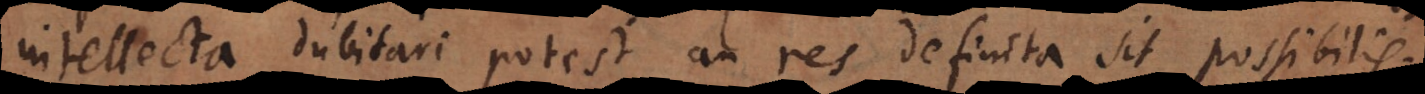
intellecta dubitari potest an res definita sit possibilis.